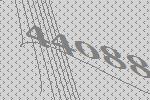
44088